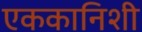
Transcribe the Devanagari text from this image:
एककानिशी